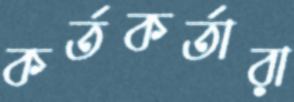
কর্তকর্তারা